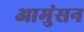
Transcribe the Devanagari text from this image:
आमुंसन